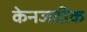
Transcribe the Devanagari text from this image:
केनजदीक